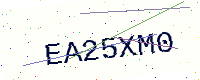
Text: EA25XM0